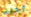
أخيب